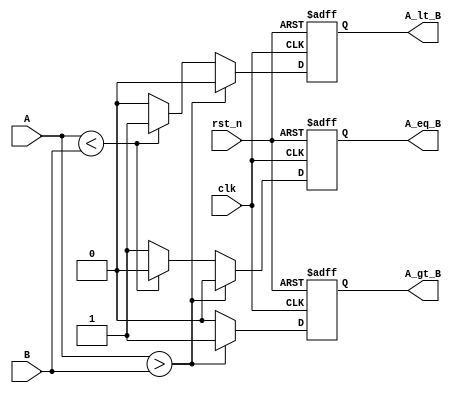
module parameterized_comparator #(
    parameter WIDTH = 8  // Parameterized width for the input values
)(
    input wire clk,          // Clock signal
    input wire rst_n,       // Reset signal (active low)
    input wire [WIDTH-1:0] A, // Input A
    input wire [WIDTH-1:0] B, // Input B
    output reg A_gt_B,      // Output indicating A > B
    output reg A_lt_B,      // Output indicating A < B
    output reg A_eq_B       // Output indicating A == B
);

always @(posedge clk or negedge rst_n) begin
    if (!rst_n) begin
        // Asynchronous reset
        A_gt_B <= 1'b0;
        A_lt_B <= 1'b0;
        A_eq_B <= 1'b0;
    end else begin
        // Behavioral comparison logic
        if (A > B) begin
            A_gt_B <= 1'b1;
            A_lt_B <= 1'b0;
            A_eq_B <= 1'b0;
        end else if (A < B) begin
            A_gt_B <= 1'b0;
            A_lt_B <= 1'b1;
            A_eq_B <= 1'b0;
        end else begin
            A_gt_B <= 1'b0;
            A_lt_B <= 1'b0;
            A_eq_B <= 1'b1;
        end
    end
end

endmodule